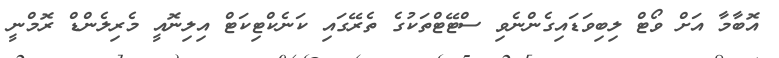
އޮބާމާ އަށް ވޯޓް ލިބިވަޑައިގެންނެވި ސްޓޭޓްތަކުގެ ތެރޭގައި ކަނެކްޓިކަޓް އިލިނޮއީ މެރިލެންޑް ރޮމްނީ